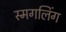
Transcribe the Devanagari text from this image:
स्मगलिंग